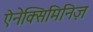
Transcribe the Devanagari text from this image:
ऐनेक्सिमिनिज़